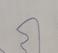
Signature authenticity: forged